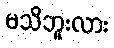
မသိဘူးလား